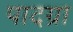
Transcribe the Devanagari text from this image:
पादग्रा